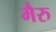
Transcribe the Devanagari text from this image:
भैरु